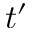
t ^ { \prime }